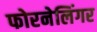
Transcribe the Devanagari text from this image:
फोरनेलिंगर